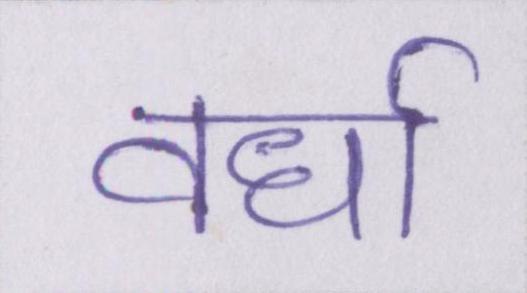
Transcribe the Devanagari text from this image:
वर्धा